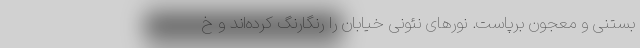
بستنی و معجون برپاست. نورهای نئونی خیابان را رنگارنگ کرده‌اند و خ